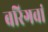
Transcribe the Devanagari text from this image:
बरिगवां